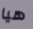
هيا